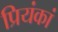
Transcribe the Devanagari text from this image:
प्रियंकां